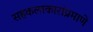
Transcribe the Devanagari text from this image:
सहकलाकारांप्रमाणे